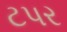
ટપર